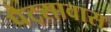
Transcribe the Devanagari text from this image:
पैट्सावास